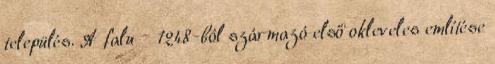
település. A falu – 1248-ból származó első okleveles említése